Report on vaccination North-West Frontier Province 1904-1922 - 1904-1922
Year: 1904
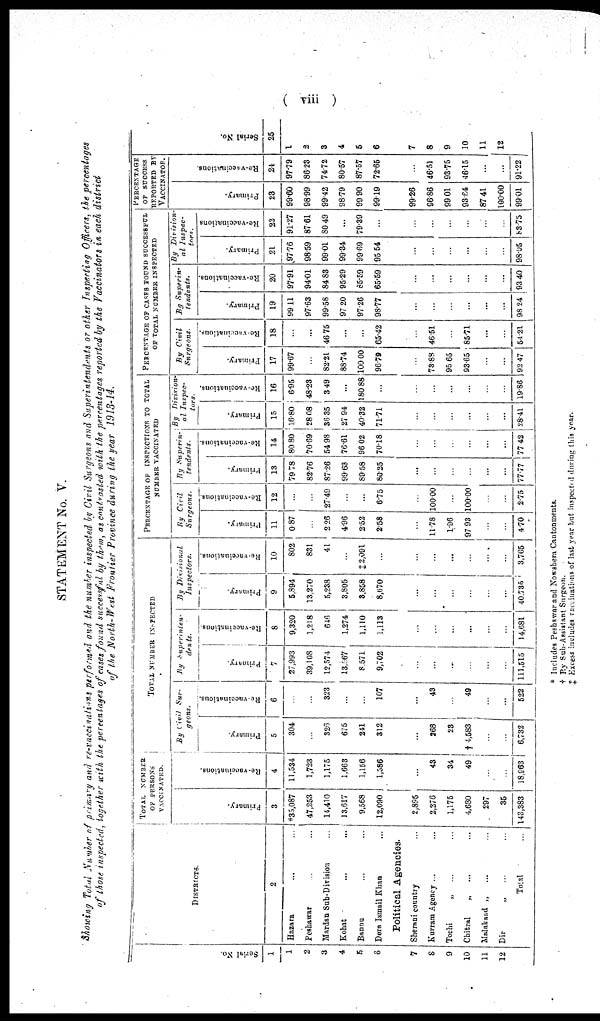
( viii )
STATEMENT No. V.
Showing Total Number of primary and re-vaccinations performed and the number inspected by Civil Surgeons and Superintendents or other Inspecting Officers, the percentages
of those inspected, together with the percentages of cases found successful by them, as contrasted with the percentages reported by the Vaccinators in each district
of the North-West Frontier Province during the year 1913-14.
Serial No.
1
1
2
3
4
5
6
7
8
9
10
11
12
DISTRICTS.
2
Hazara ... ...
Peshawar ... ...
Mardan Sub-Division ...
Kohat ... ...
Bannu ... ...
Dera Ismail Khan ...
Political Agencies.
Sherani country ...
Kurram Agency ... ...
Tochi
„
... ...
Chitral „ ... ...
Malakand „ ... ...
Dir „ ... ...
Total ...
TOTAL NUMBER
OF PERSONS
VACCINATED.
Primary.
3
*35,087
47,253
14,410
13,617
9,568
12,090
2,895
2,276
1,175
4,630
297
35
143,383
Re-vaccinations.
4
11,534
1,723
1,175
1,663
1,156
1,586
...
43
34
49
...
...
18,963
TOTAL NUMBER INSPECTED
By Civil
Sur-
geons.
Primary.
5
304
...
326
675
241
312
...
268
23
† 4,583
...
...
6,732
Re-vaccinations.
6
...
...
323
...
...
107
...
43
...
49
...
...
522
By
Superinten¬
dents.
Primary.
7
27,993
39,108
12,574
13,567
8,571
9,702
...
...
...
...
...
...
111,515
Re-vaccinations.
8
9,320
1,218
646
1,274
1,110
1,113
...
...
...
...
...
...
14,681
By
Divisional
Inspectors.
Primary.
9
5,894
13,270
5,238
3,805
3,858
8,670
...
...
...
...
...
...
40,735
Re-vaccinations.
10
802
831
41
...
‡ 2,091
...
...
...
...
...
...
...
3,765
PERCENTAGE OF INSPECTIONS TO TOTAL
NUMBER VACCINATED
By Civil
Surgeons.
Primary.
11
0.87
...
2.26
4.96
2.52
2.58
...
11.78
1.96
97.93
...
...
470
Re-vaccinations.
12
...
...
27.49
...
...
6.75
...
100.00
...
100.00
...
...
2.75
By
Superin-
tendents.
Primary.
13
79.78
82.76
87.26
99.63
89.58
80.25
...
...
...
...
...
...
77.77
Re-vaccinations.
14
80.80
70.69
54.98
76.61
96.02
70.18
...
...
...
...
...
...
77.42
By
Division¬
al Inspec¬
tors.
Primary.
15
16.80
28.08
36.35
27.94
40.32
71.71
...
...
...
...
...
...
28.41
Re-vaccinations.
16
6.95
48.23
3.49
...
180.88
...
...
...
...
...
...
...
19.86
PERCENTAGE OF CASES FOUND SUCCESSFUL
OF TOTAL NUMBER INSPECTED
By Civil
Surgeons.
Primary.
17
99.67
...
82.21
88.74
100.00
96.79
...
73.88
95.65
93.65
...
...
92.47
Re-vaccinations.
18
...
...
46.75
...
...
65.42
...
46.51
...
85.71
...
...
54.21
By
Superin-
tendents.
Primary.
19
99.11
97.63
99.58
97.20
97.26
98.77
...
...
...
...
...
...
98.24
Re-vaccinations.
20
97.91
94.01
84.83
95.29
85.59
65.59
...
...
...
...
...
...
93.40
By
Division-
al Inspec-
tors.
Primary.
21
97.76
98.59
99.01
99.34
99.69
95.54
...
...
...
...
...
...
98.05
Re-vaccinations.
22
91.27
87.61
80.49
...
79.39
...
...
...
...
...
...
...
83.75
PERCENTAGE
OF SUCCESS
REPORTED BY
VACCINATOR.
Primary.
23
99.60
98.99
99.42
98.79
99.90
99.19
99.26
96.86
99.01
93.64
87.41
100.00
99.01
Re-vaccinations.
24
97.79
86.23
74.72
80.57
87.57
72.65
...
46.51
93.75
46.15
...
...
91.22
Serial No.
25
1
2
3
4
5
6
7
8
9
10
11
12
* Includes Peshawar and Nowshera Cantonments.
† Pay Sub-Assistant Surgeon.
‡ Excess includes vaccinations of last year but inspected during this year.